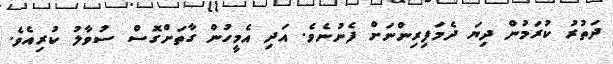
ދަތުރު ކުރަމުން ދިޔަ ދެމަފިރިންނަށް ފެނުނެވެ. އަދި އެމީހުން ގާތަށްގޮސް ސުވާލު ކުރިއެވެ.